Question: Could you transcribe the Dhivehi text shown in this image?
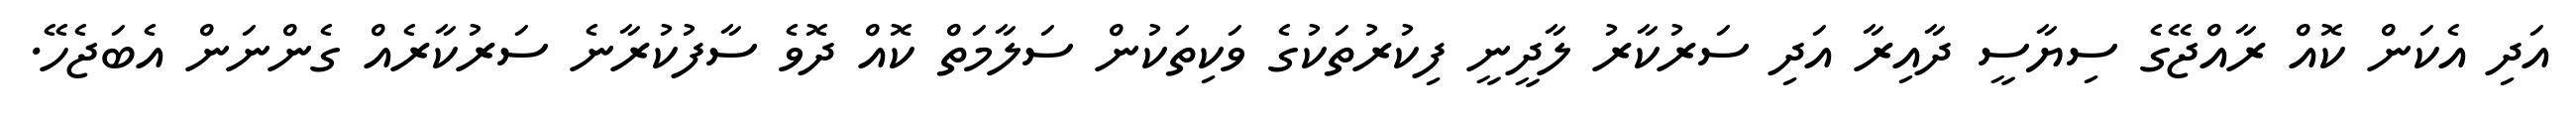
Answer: އަދި އެކަން ކޮއް ރާއްޖޭގެ ސިޔާސީ ދާއިރާ އަދި ސަރުކާރު ލާދީނީ ފިކުރުތަކުގެ ވަކިތަކުން ސަލާމަތް ކޮއް ދޮވެ ސާފުކުރާނެ ސަރުކާރެއް ގެންނަން އެބަޖެހޭ.